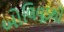
બોલિવૂડથી